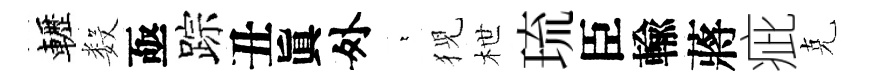
轣数亟踪丑眞外萋猊枻琉臣輸蔣疵克